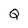
Character: Q